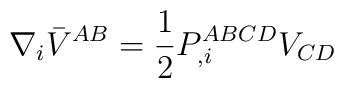
\nabla_i \bar V^{AB} = {1 \over 2} P^{ABCD}_{,i} V_{CD}